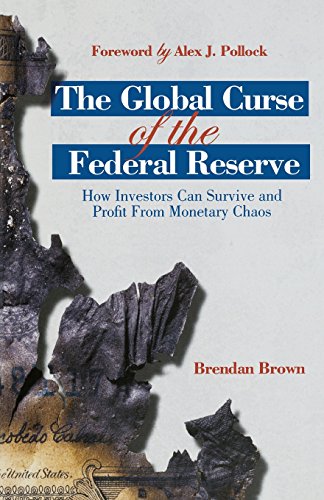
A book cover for The Global Curse of the Federal Reserve: How Investors Can Survive and Profit From Monetary Chaos; Brendan Brown; Business & Money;